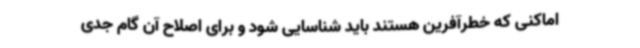
اماکنی که خطرآفرین هستند باید شناسایی شود و برای اصلاح آن گام جدی